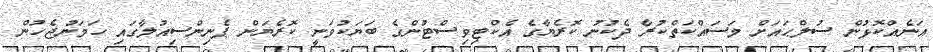
އަނެއްކޮޅުން ސުލްޙައަށް މަސައްކަތްކުރާ ދެކުނު ކޮރެޔާގެ އެކްޓިވިސްޓުންގެ ބަޔަކުވަނީ ކޮރެޔަން ޕެނިންސިއުލާގައި ހަމަނުޖެހުން